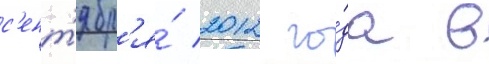
с'ент'ябр'я́ 2012 го́да в